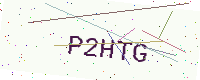
Text: P2HTG